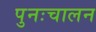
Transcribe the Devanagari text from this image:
पुनःचालन